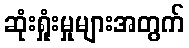
ဆုံးရှုံးမှုများအတွက်